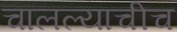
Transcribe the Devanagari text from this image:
चालल्याचीच